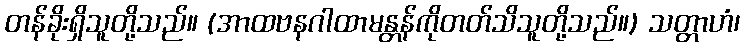
တန်ခိုးရှိသူတို့သည်။ (အာထဗနဂါထာမန္တန်ကိုတတ်သိသူတို့သည်။) သတ္တာဟံ၊